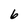
Character: 6